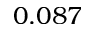
0 . 0 8 7